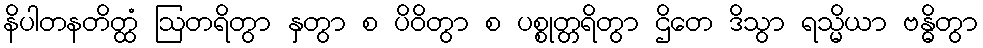
နိပါတနတိတ္ထံ ဩတရိတွာ နှတွာ စ ပိဝိတွာ စ ပစ္စုတ္တရိတွာ ဌိတေ ဒိသွာ ရသ္မိယာ ဗန္ဓိတွာ